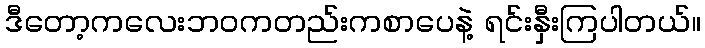
ဒီတော့ကလေးဘဝကတည်းကစာပေနဲ့ ရင်းနှီးကြပါတယ်။